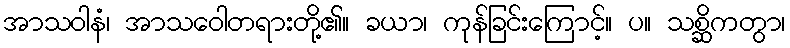
အာသဝါနံ၊ အာသဝေါတရားတို့၏။ ခယာ၊ ကုန်ခြင်းကြောင့်။ ပ။ သစ္ဆိကတွာ၊